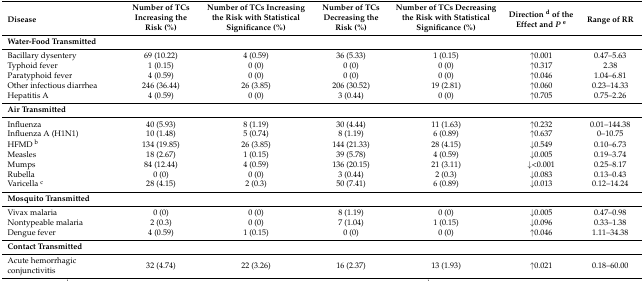
<table><thead><tr><td><b>Disease</b></td><td><b>Number of TCs Increasing the Risk (%)</b></td><td><b>Number of TCs Increasing the Risk with Statistical Significance (%)</b></td><td><b>Number of TCs Decreasing the Risk (%)</b></td><td><b>Number of TCs Decreasing the Risk with Statistical Significance (%)</b></td><td><b>Direction <sup>d</sup> of the Effect and <i>P</i><sup>e</sup></b></td><td><b>Range of RR</b></td></tr></thead><tbody><tr><td colspan="7"><b>Water-Food Transmitted</b></td></tr><tr><td>Bacillary dysentery</td><td>69 (10.22)</td><td>4 (0.59)</td><td>36 (5.33)</td><td>1 (0.15)</td><td>↑0.001</td><td>0.47–5.63</td></tr><tr><td>Typhoid fever</td><td>1 (0.15)</td><td>0 (0)</td><td>0 (0)</td><td>0 (0)</td><td>↑0.317 </td><td>2.38</td></tr><tr><td>Paratyphoid fever</td><td>4 (0.59)</td><td>0 (0)</td><td>0 (0)</td><td>0 (0)</td><td>↑0.046</td><td>1.04–6.81</td></tr><tr><td>Other infectious diarrhea</td><td>246 (36.44)</td><td>26 (3.85)</td><td>206 (30.52)</td><td>19 (2.81)</td><td>↑0.060</td><td>0.23–14.33</td></tr><tr><td>Hepatitis A</td><td>4 (0.59)</td><td>0 (0)</td><td>3 (0.44)</td><td>0 (0)</td><td>↑0.705 </td><td>0.75–2.26</td></tr><tr><td colspan="7"><b>Air Transmitted</b></td></tr><tr><td>Influenza</td><td>40 (5.93)</td><td>8 (1.19)</td><td>30 (4.44)</td><td>11 (1.63)</td><td>↑0.232</td><td>0.01–144.38</td></tr><tr><td>Influenza A (H1N1)</td><td>10 (1.48)</td><td>5 (0.74)</td><td>8 (1.19)</td><td>6 (0.89)</td><td>↑0.637</td><td>0–10.75</td></tr><tr><td>HFMD <sup>b</sup></td><td>134 (19.85)</td><td>26 (3.85)</td><td>144 (21.33)</td><td>28 (4.15)</td><td>↓0.549</td><td>0.10–6.73</td></tr><tr><td>Measles</td><td>18 (2.67)</td><td>1 (0.15)</td><td>39 (5.78)</td><td>4 (0.59)</td><td>↓0.005</td><td>0.19–3.74</td></tr><tr><td>Mumps</td><td>84 (12.44)</td><td>4 (0.59)</td><td>136 (20.15)</td><td>21 (3.11)</td><td>↓&lt;0.001</td><td>0.25–8.17</td></tr><tr><td>Rubella</td><td>0 (0)</td><td>0 (0)</td><td>3 (0.44)</td><td>2 (0.3)</td><td>↓0.083</td><td>0.13–0.43</td></tr><tr><td>Varicella <sup>c</sup></td><td>28 (4.15)</td><td>2 (0.3)</td><td>50 (7.41)</td><td>6 (0.89)</td><td>↓0.013</td><td>0.12–14.24</td></tr><tr><td colspan="7"><b>Mosquito Transmitted</b></td></tr><tr><td>Vivax malaria</td><td>0 (0)</td><td>0 (0)</td><td>8 (1.19)</td><td>0 (0)</td><td>↓0.005</td><td>0.47–0.98</td></tr><tr><td>Nontypeable malaria</td><td>2 (0.3)</td><td>0 (0)</td><td>7 (1.04)</td><td>1 (0.15)</td><td>↓0.096</td><td>0.33–1.38</td></tr><tr><td>Dengue fever</td><td>4 (0.59)</td><td>1 (0.15)</td><td>0 (0)</td><td>0 (0)</td><td>↑0.046</td><td>1.11–34.38</td></tr><tr><td colspan="7"><b>Contact Transmitted</b></td></tr><tr><td>Acute hemorrhagic conjunctivitis</td><td>32 (4.74)</td><td>22 (3.26)</td><td>16 (2.37)</td><td>13 (1.93)</td><td>↑0.021</td><td>0.18–60.00</td></tr></tbody></table>